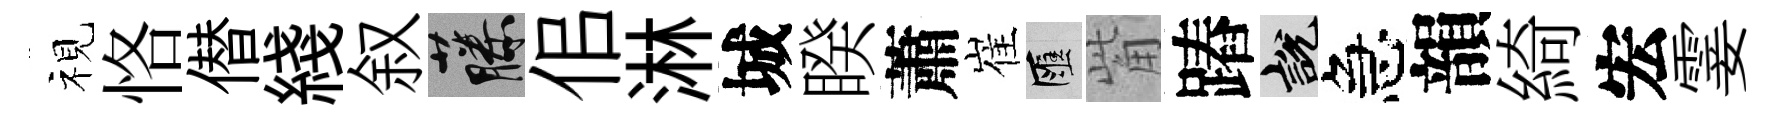
视恪僣綫叙藤佀淋城睽蕭崔匯觜蹖説急韻綺宏霎